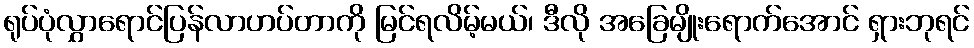
ရုပ်ပုံလွှာရောင်ပြန်လာဟပ်တာကို မြင်ရလိမ့်မယ်၊ ဒီလို အခြေမျိုးရောက်အောင် ရှားဘုရင်